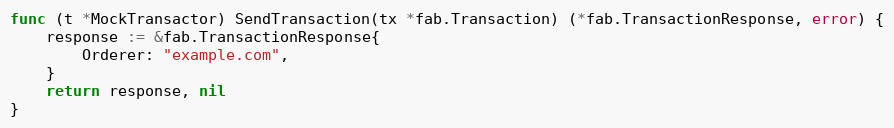
Language: Go
func (t *MockTransactor) SendTransaction(tx *fab.Transaction) (*fab.TransactionResponse, error) {
	response := &fab.TransactionResponse{
		Orderer: "example.com",
	}
	return response, nil
}